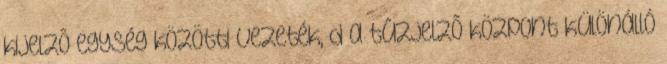
kijelzõ egység közötti vezeték, d a tûzjelzõ központ különálló